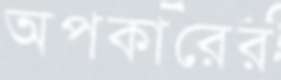
অপকারের